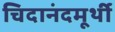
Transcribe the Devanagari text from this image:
चिदानंदमूर्थी